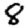
Digit: 8